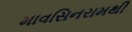
માવસિનરામથી